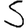
Digit: 5